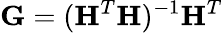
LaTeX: \mathbf{G}=(\mathbf{H}^{T}\mathbf{H})^{-1}\mathbf{H}^{T}